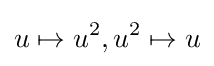
u\mapsto u^{2},u^{2}\mapsto u